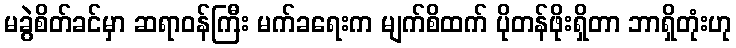
မခွဲစိတ်ခင်မှာ ဆရာဝန်ကြီး မက်ခရေးက မျက်စိထက် ပိုတန်ဖိုးရှိတာ ဘာရှိတုံးဟု